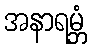
အနာရမ္ဘံ